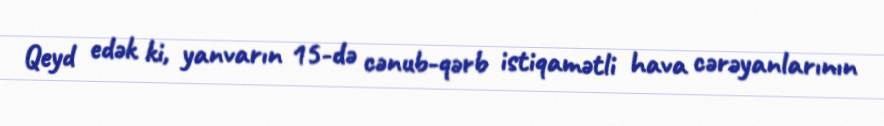
Qeyd edək ki, yanvarın 15-də cənub-qərb istiqamətli hava cərəyanlarının